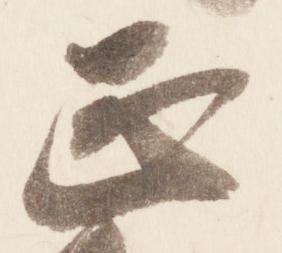
正